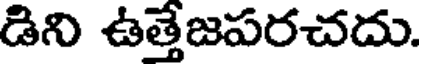
డిని ఉత్తేజపరచదు.